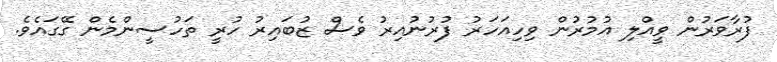
ފުރާވަރުން ވީއްލި އުމުރުން ވިހިއަހަރު ފުރުނުއިރު ވެސް ޒުބައިރު ހުރީ ތަހުސީންމެން ގޭގައެވެ.